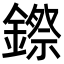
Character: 𮢻